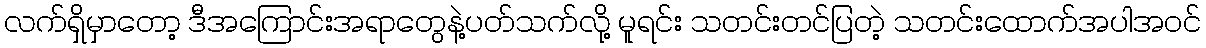
လက်ရှိမှာတော့ ဒီအကြောင်းအရာတွေနဲ့ပတ်သက်လို့ မူရင်း သတင်းတင်ပြတဲ့ သတင်းထောက်အပါအဝင်